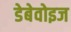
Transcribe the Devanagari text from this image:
डेबेवोइज